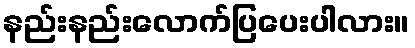
နည်းနည်းလောက်ပြပေးပါလား။